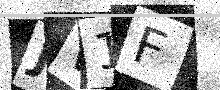
Text: JW1F